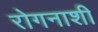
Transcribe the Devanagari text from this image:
रोगनाशी